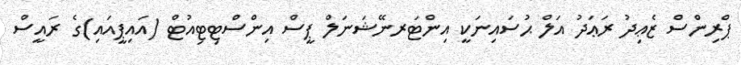
ޕްރިންސް ޒެޢިދު ރަޢަދު އަލް ޙުސައިނަކީ އިންޓަރނޭޝަނަލް ޕީސް އިންސްޓިޓިއުޓް (އައިޕީއައި)ގެ ރައީސް